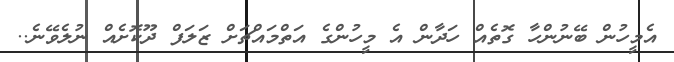
އެމީހުން ބޭނުންހާ ގޮތެއް ހަދާން އެ މީހުންގެ އަތްމައްޗަށް ޒަލަފް ދޫކޮށެއް ނުލެވޭނެ..